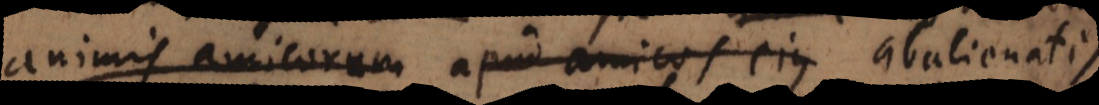
animis amicorum apud amicos ejus abalienatis